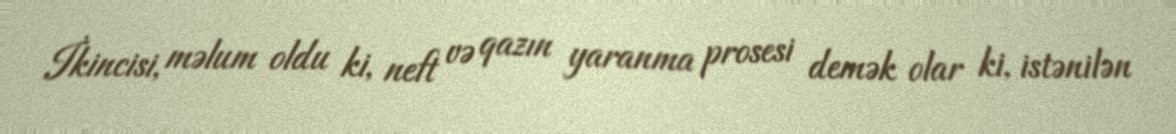
İkincisi, məlum oldu ki, neft və qazın yaranma prosesi demək olar ki, istənilən